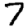
Digit: 7